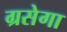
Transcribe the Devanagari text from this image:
ग्रसेगा